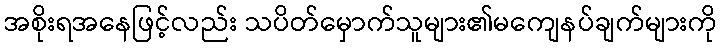
အစိုးရအနေဖြင့်လည်း သပိတ်မှောက်သူများ၏မကျေနပ်ချက်များကို